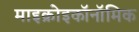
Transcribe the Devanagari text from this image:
माइक्रोइकॉनॉमिक